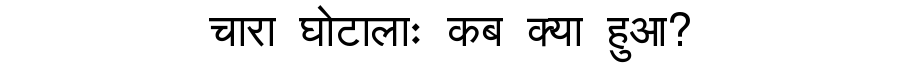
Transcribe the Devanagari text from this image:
चारा घोटालाः कब क्या हुआ?